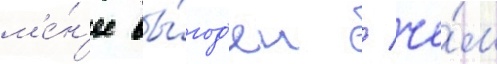
м'е́н'ее вы́год'ен / че́м